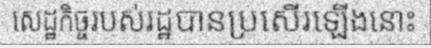
សេដ្ឋកិច្ចរបស់រដ្ឋបានប្រសើរឡើងនោះ